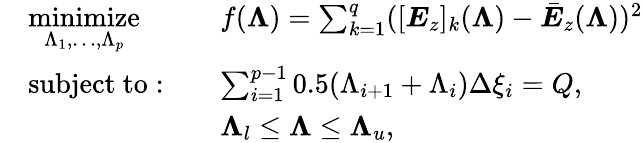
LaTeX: \begin{array}{rlrl}&{\underset{\Lambda_{1},\ldots,\Lambda_{p}}{\mathrm{minimize}}}&&{f(\boldsymbol{\Lambda})=\sum_{k=1}^{q}([\boldsymbol{E}_{z}]_{k}(\boldsymbol{\Lambda})-\bar{\boldsymbol{E}}_{z}(\boldsymbol{\Lambda}))^{2}}\\ &{\mathrm{subject~to:}}&&{\sum_{i=1}^{p-1}0.5(\Lambda_{i+1}+\Lambda_{i})\Delta\xi_{i}=Q,}\\ &{}&&{\boldsymbol{\Lambda}_{l}\le\boldsymbol{\Lambda}\le\boldsymbol{\Lambda}_{u},}\end{array}